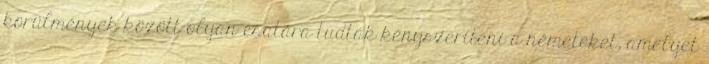
körülmények között olyan csatára tudták kényszeríteni a németeket, amelyet